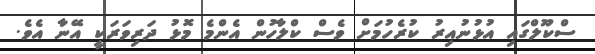
ސްކޫލްގައި އުޅުނުއިރު ކުރެހުމަށް ވެސް ކްލާހުން އެންމެ މޮޅު ދަރިވަރަކީ އޭނާ އެވެ.